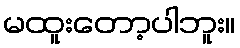
မထူးတော့ပါဘူး။